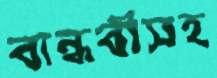
বান্ধবীসহ